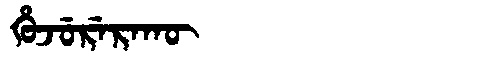
Manchu: ᡥᡠᠵᡠᡵᡝᡵᠠᡴᡡ
Romanization: HUJURERAKŪ